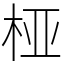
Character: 桠